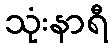
သုံးနာရီ